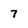
Character: 7